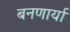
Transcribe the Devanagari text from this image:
बनणार्या